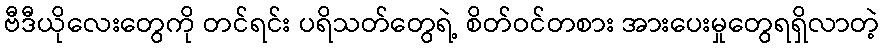
ဗီဒီယိုလေးတွေကို တင်ရင်း ပရိသတ်တွေရဲ့ စိတ်ဝင်တစား အားပေးမှုတွေရရှိလာတဲ့